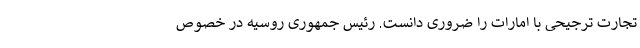
تجارت ترجیحی با امارات را ضروری دانست. رئیس جمهوری روسیه در خصوص